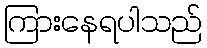
ကြားနေရပါသည်